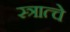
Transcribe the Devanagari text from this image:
स्त्रात्चे